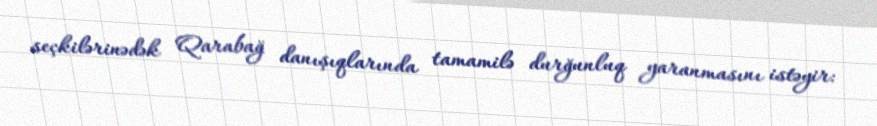
seçkilərinədək Qarabağ danışıqlarında tamamilə durğunluq yaranmasını istəyir: